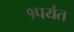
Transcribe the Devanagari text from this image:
१पर्यंत